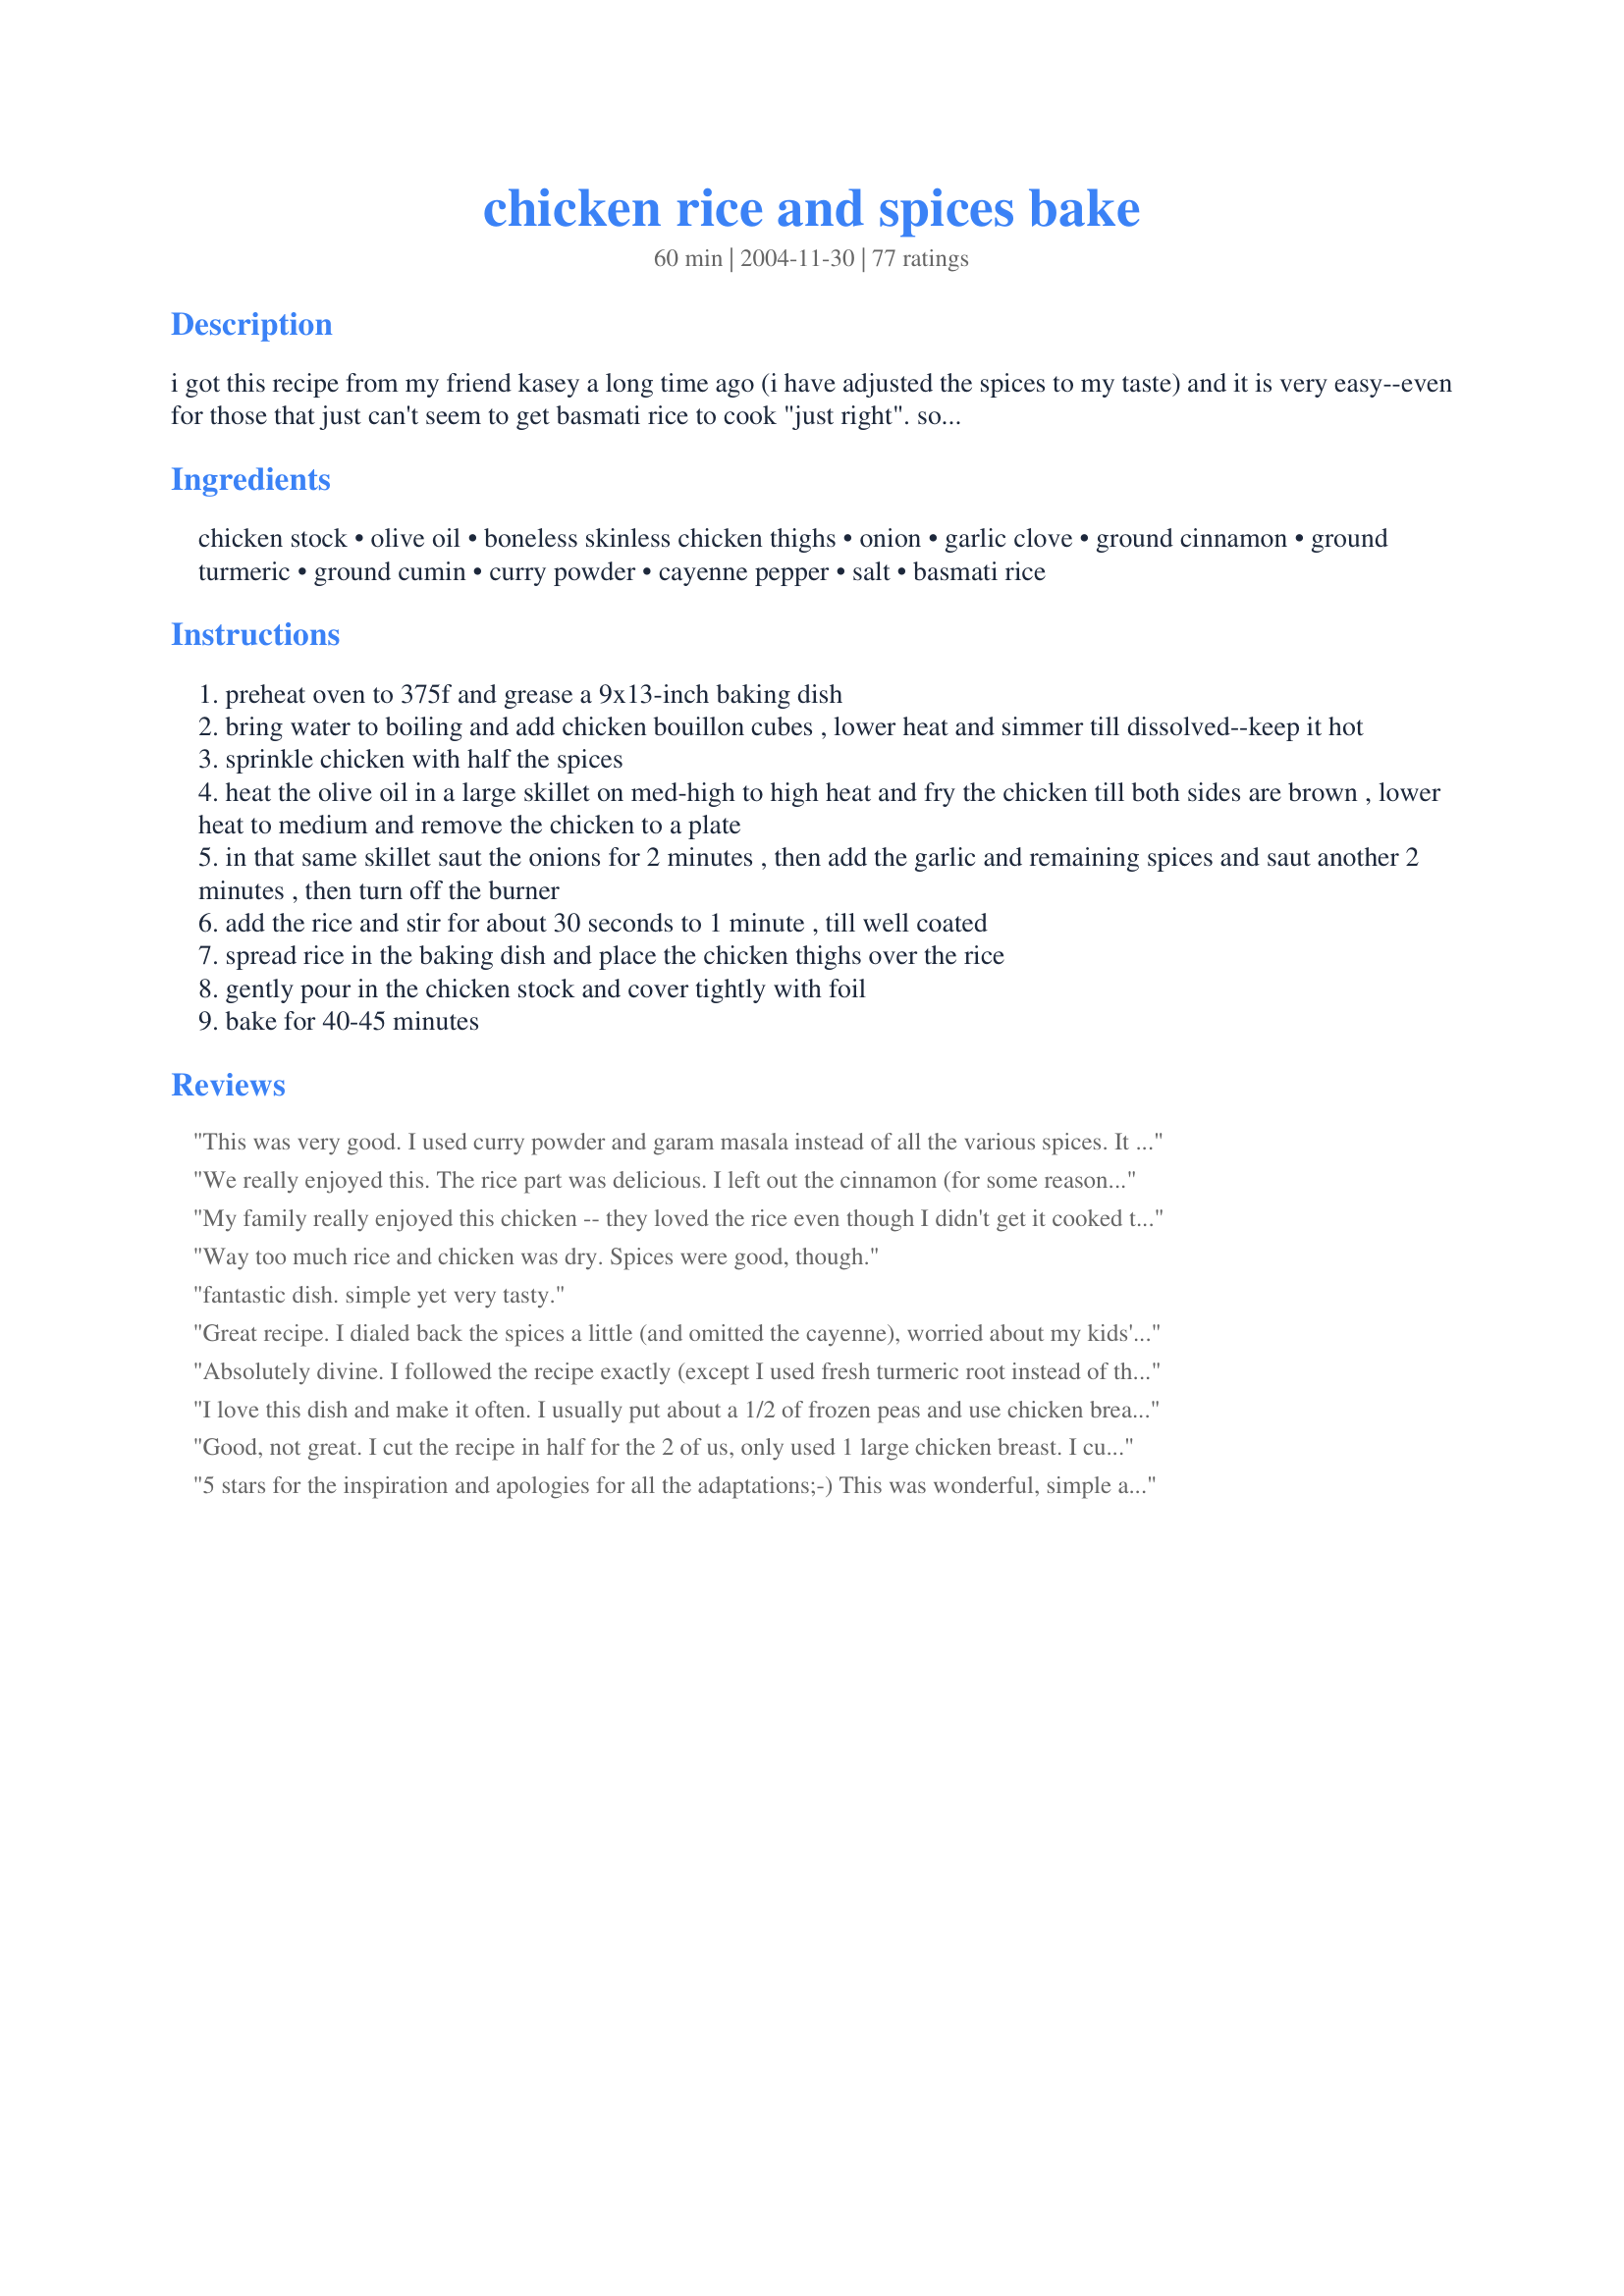
chicken rice and spices bake
Preparation time: 60 minutes

i got this recipe from my friend kasey a long time ago (i have adjusted the spices to my taste) and it is very easy--even for those that just can't seem to get basmati rice to cook "just right". so long as you cover the baking dish tightly with foil, it will not fail! i brought this to a pot-luck at work one day and ever since this dish was always requested by everyone at all of our potlucks.***i am cutting the salt to around half since there are quite a few reviews saying it is too salty. i don't measure the spices when i cook so i think i guessed the amount wrong.***
*** the cinnamon amount should be 1/2 tsp to 3/4 tsp only, not 2 teaspoons. i have tried changing it twice now and get email confirmation that the changes have been approved but it still says 2 tsp of cinnamon.

Ingredients:
chicken stock, olive oil, boneless skinless chicken thighs, onion, garlic clove, ground cinnamon, ground turmeric, ground cumin, curry powder, cayenne pepper, salt, basmati rice

Steps:
preheat oven to 375f and grease a 9x13-inch baking dish
bring water to boiling and add chicken bouillon cubes , lower heat and simmer till dissolved--keep it hot
sprinkle chicken with half the spices
heat the olive oil in a large skillet on med-high to high heat and fry the chicken till both sides are brown , lower heat to medium and remove the chicken to a plate
in that same skillet saut the onions for 2 minutes , then add the garlic and remaining spices and saut another 2 minutes , then turn off the burner
add the rice and stir for about 30 seconds to 1 minute , till well coated
spread rice in the baking dish and place the chicken thighs over the rice
gently pour in the chicken stock and cover tightly with foil
bake for 40-45 minutes

Reviews:
This was very good. I used curry powder and garam masala instead of all the various spices. It made things faster and the result was fantastic. I didn&#039;t measure so I&#039;m not sure how much I used but I did it according to what I thought I would like.
We really enjoyed this. The rice part was delicious.

I left out the cinnamon (for some reason I don't like cinnamon in main dishes) and I used a cumin/coriander mix instead of just plain cumin.

I also just cooked everything in my 5 1/2 qt La Crueset pot on the stove top. It turned out just fine that way.

Both my kids loved it as well. I will be making this often. Thanks.
My family really enjoyed this chicken -- they loved the rice even though I didn't get it cooked thru all the way. I didn't follow the instructions completely. I was out of cumin and turmeric, so I just omitted those. And I didn't add any salt due to other reviewers comments. I used bone-in legs/thighs. I used long grain brown rice. Other than that, I followed the instructions. The rice wasn't even close to getting done after 40 min, so I took the lovely moist chicken out and put the rice back in (yes, covered) again. After another 20 minutes, the rice still wasn't done, but it was close enough. The kids were starving at this point and ate it up. I may try this again if I can figure out what my rice problem was...maybe brown long grain rice takes longer to cook. Also, my prep work took longer than 15 minutes. I consider prep work all the stuff leading up to popping it in the oven and mine took closer to half an hour -- I was slow and disorganized today though...I guess half that time was spend digging thru my cabinets searching for my cumin & turmeric!
Way too much rice and chicken was dry. Spices were good, though.
fantastic dish. simple yet very tasty.
Great recipe. I dialed back the spices a little (and omitted the cayenne), worried about my kids' sensitive palates, but next time I'm going to cook it as written.
Absolutely divine. I followed the recipe exactly (except I used fresh turmeric root instead of the bottled stuff). My oven was on exactly 375 (two thermometers checked). And I wrapped my dish tightly in heavy duty aluminum foil. In 45 minutes I took it out and oh my! My kids (picky 11 and 12 year olds) loved it too! The rice was cooked perfectly and was so tender. There was no crusting on the sides/corners. And there was no excess liquid in the dish. It was perfect. This is super easy and so good I would serve it to guests for dinner. Thank you so much for sharing this recipe. It's definitely a keeper!
I love this dish and make it often.
I usually put about a 1/2 of frozen peas and use chicken breast instead of thighs since I don't care for dark meat. Although the breast meat does turn out a bit dry I don't mind.
Good, not great. I cut the recipe in half for the 2 of us, only used 1 large chicken breast. I cut the chicken in half before putting it on the rice, but no need to brown it beforehand. It cooks evenly with the rice. Oh, I left out the cinnamon, but we still weren&#039;t big fans of the flavors here.
5 stars for the inspiration and apologies for all the adaptations;-)
This was wonderful, simple and tasty and definately on my make again soon list. 
I made a half recipe (chicken, rice, salt and stock powder) but left the spices as the original recipe stated. A half recipe made 2 huge serves for 2 huge eaters!
I didn't want whole pieces of chicken, so I cut it up, also diced the onion. I threw in some ginger, and as we are not too fussed on cinnamon, reduced that and added some corinder to make up the difference. I used red chilli powder and the heat was just right for us. I also threw in some peas and slivered almonds.
I'm submitting a photo, but feel free to replace it if you wish :-)
This was very very good. I doubled the spice (except for the cinnamon, just used the stated amount over the chicken before browning). Baked for 45 minutes (did make sure foil tightly covered the baking dish) and it exceptional. Served with chutney (though could have probably put some raisins or cranberries in when baking ) since the sweetness really went well with this.
Very good recipe. I did not have all of the listed spices on hand, so here&#039;s what I used instead: black pepper, salt, chili powder, garlic powder, oregano, and cinnamon. I also used half a cup *less* of the chicken stock, since I thought 4 cups was too much. I baked the chicken and rice as directed, with the pan tightly wrapped with foil. The dish baked perfectly. The chicken was tender and the rice (long grain) was perfect. The only change I&#039;d make for next time is to leave out the cinnamon, which was an added flavor that didn&#039;t quite mix well with the rice. I served this dish with a honey-mustard dipping sauce on the side for the chicken, and also with sliced avocado. This recipe is a keeper. Thank you for posting!
outstanding! we loved this! this is going into my month rotation...shoot, maybe even weekly! i doubled the curry amount, added carrots, celery, tons of garlic, serrano peppers, used chicken breasts that i diced up, used chinese 5 spice instead of cinnamon (and only used 1/4 t since we only like heat!). since i live at super altitude, i used 2 cups instant rice and 2 cups broth (had i used long grain or basmati it would have taken 2 hours!!). anyway, it was loved by everyone tonight and requested to be made often! thanks so much!!!
This was awesome for me as a starting point, but I messed it up a little. I used half brown rice and half white and then realized (duh) the white rice was soggy by the time the brown rice was cooked. I also would take out the turmeric because I am not a fan of it. But after adjusting the spices and adding some veggies, this is a great dish! I added a diced red pepper with the onions and some frozen peas right before popping it into the oven. Next time I'll add even more veggies. When I reheated some I put some raw spinach on top and popped it in the microwave, it went well too.

This made more like 6 servings for my hubby and I.
DELICIOUS!! WOW!! This was soo flavorful and easy to make. I followed the receipe exactly but I also halved the cinnamon and added about 1 cup of mixed veggies (thawed out)before putting it in the oven. Mix the seasonings seperately (works better).It took exactly 45 mins and it was done! I will def. make this again and next time add golden raisins and pine nuts. Wonderful!! A++
Big hit with my husband to the point he said &quot;SAVE IT&quot;
Delicious, full of flavour, definitely will be making more of it now
I made this dish again last night and it turned out even better than the first time! I used both chicken breasts and thighs - they both turned out great. I used almost double the spices (about 1tsp of everything for the chicken plus the same for the rice). The curry powder I used is Nirmal Spicy Curry Powder.
MMMM! I made this last night for dinner and really enjoyed it. My onions went bad though so I just warmed the pan a bit and cut up the garlic and threw in the remaining spices. (Didnt know the onion was bad until I was already half way through the recipe) The rice did come out perfect and I will make this again. Thanks so much! (Rerating to 5 stars instead of 4)
Doubled the spices and wouldn't go longer than 40 minutes next time. 45 was too long. Delicious.
Great recipe! Pretty quick to fix too! I used 4 boneless/skinless breasts and it turned out fine. My wife was a little concerned when she walked into the kitchen smelling cinnamon and seeing only chicken being prepared. She was surprised how good it tasted. I made it with only 1/2 teaspoon of salt based on other reviews. Next time, I will use the recommended amount of salt... I am pretty sure that would have made it better.
Delicious! I was looking for something I could do in one dish and quickly, and this was perfect! I ran out of chicken bouillon so had to do 2 cups water and 2 cups broth, but it still turned out quite flavorful. The rice is especially delicious!! I did have to do it 50 minutes as there was still a lot of water in the pan at 40 minutes. Will likely double the spices next time just to get more of a kick!
Delicious! ! added about 25% more spices, 1.5 tsp of ground coriander and 1/4 tsp allspice and no extra salt - plenty in the bouillon. Used a covered 10&quot; cast iron chicken fryer (about 3.5&quot; deep). Used 2 really large chicken breasts (about 1.5 pounds) so added 1 T butter to oil. Basmati (aka Jasmine) rice is light weight and cooks quickly. Brown rice of any kind will take more water and at least twice as long as regular white rice so it needs to cook even longer compared to Basmati. For brown rice, I would par boil it. Cooking in the cast iron pan allowed me to keep this on the stove top for an extra 5 minutes. Just before serving, I added one cup of frozen peas (to match the photo and add a bit of sweetness) and cooked for another 5 minutes in the oven. Served with mashed butternut squash and a dab of mango chutney. Very tasty and satisfying for 4 people.
Loved it! Easy to make and a lot of flavor.
This is such an easy and delicious dish! The second time I made it I added an extra cup of rice and two extra cups of chicken stock, plus one cup of cooked peas because the first time I found there was alot of chicken but not an equal quantity of rice(which my husband loved!) This will be a regular at my house! Thanks for the great recipe!
This dish was so tasty and simple! As I often do, I chose not to wait until I had exactly the right stuff because I wanted to make it RIGHT NOW. So I used the curry powder and substituted garam masala for the rest which made for a delicious Indian flavor! The cooking directions and times worked perfectly for me and my whole family loved it.
Very good! I had 7 Leg quarters which I used up....they were all very moist and tender. Increased all the spices by 1/2 teaspoon and used garlic powder in the spice mix rather than fresh garlic.
Really good flavourful rice but I did use a few different spices as I haven't found a curry powder I like. I do think the baking makes the rice taste better too. The chicken is good as well. I have used brown and white meat on the bone before but the white meat gets too dry. Another time I did use boneless skinless chicken thighs (only ever seen in an Afghan shop) like the recipe calls for. I think if I were to make this again I would try just chicken thighs with bone in. I did use white basmati rice and I definitely recommend it. As other reviewers said it would be good with additional peas thrown in or some other vegetables. I have made it with partially cooked organic carrot slices frozen peas. I use own home-made chicken stock, 3 garlic cloves, cinnamon but in a lesser quantity, as well as less turmeric (I think it's just for colour) In replacement of the curry powder I used a bit of my own Recipe #79179 and mostly Recipe #369025 which gives rice such a delicious flavour. I do not add the optional cayenne or chilli powder and add salt, to taste. I serve this with a fresh salad and Recipe #359835 or yogurt for a good meal. I may make this again adding vegetables.
This is a new classic in our family!

I like to add up to a couple cups of mixed chopped veggies like green beans, carrots, broccoli or green peas
This is easy and delicious. Definitely a keeper.
Wonderful! I halved the recipe (but not the spices) - upped the garlic to 3 cloves and reduced the cinnamon to 1/2 teaspoon. It was really very tasty - I will definately make again. Thanks!
way too much liquid.. I baked it according to the instructions and ended up removing the tin foil, increasing the heat and left it in for another 30 minutes
This is very spicy. I like all the spices used in the recipe and thought I would really like the finished product but I don't think I will make it again. It is easy to make.
I'm not much of a cook but I love rice and chicken dishes so I had to try this. It's amazing. I added 1/2 a teaspoon extra of all the spices (except for salt and cinnamon which I used the stated minimal and I cut the cayenne pepper by half. Next time I might not cut it at all though) It tasted amazing. I don't know if it was the cut cayenne but it sort of tasted like it was missing something in the end, which was made up for mostly with just regular black pepper on the finished dish. Also the chicken turned out a little dry so keep a closer eye and make sure it only hits the 40 minute mark tops. Overall this was absolutely delicious and I'm going to make this many more times to come. And the fact that it's so easy that even I can make it probably by memory already is the best part. Thanks for this!
Pretty good! My family agrees that it is a do-over (what they tell me when they want me to make a recipe again!)

I think I will try to tweak it a little next time around, but it is a good starting point. Thanks for this yummy recipe!
This recipe was wonderful. I was looking for a different way to have chicken and this was a great find. I added nuts and golden raisins to the recipe. I loved them added but my family did not :(. I will make this again and again! Thanks for posting it!
I have made this recipe SEVERAL times using boneless and bone-in chicken. Some times it is dry, sometimes a little liquidy (is that a word?) and the rice only gets done right about half the time. It is my FAVORITE chicken &amp; rice dish ever, as the flavors are amazing. I recently got an Instant Pot so I tried it in there today. Nothing short of amazing with only 24 minutes of cook time and everything in one pot. I don't want to share the procedure (the recipe is the same) without approval. I am not a paid spokesperson or anything. I won't post it without Ameera's approval.
This was good. My DH didn't like it. Thanks for sharing.
Good recipe. Doubling the spices and cooking this dish in an old fashioned cast iron skillet with a lid produced an excellent result.
Question: has anyone tried to make this with quinoa and does it work the same as rice?
I love this recipe, it is simple to prepare and cook, but tastes amazing. My very critical husband even rated it 11 out of 10, but then added '3rd time lucky' because I had tried other versions before that were very good, but not up to this standard. I am thinking of cooking this for friends so I don't have to spend all my time in the kitchen. I know they will be impressed. Thank you.
What &quot;chicken bouillon cubes&quot; and what water? Is that the &quot;4 cups chicken stock&quot; listed in the ingredients?
This was really good. I didn't have boneless thighs so I used bone-in chiken legs and thighs. Since I was using meat with the bone in, I cooked it for an hour. It turned out great! My whole family enjoyed it.
Very good! Next time, I think I'll leave out the cinnamon completely. I wasn't crazy about that added flavor, but it wasn't bad. I cubed the chicken and put it into the rice mixture raw, since I do that with other chicken and rice bakes. The chicken was perfectly cooked at the end of 40 minutes. In fact, I'll probably cook it for less time next time I make it, as it was pretty dry. <br/><br/>I loved the smell of the dish while it was cooking! Less cinnamon and more curry would be my ideal dish! Thanks for posting!
This one is a goodie! Cheap and easy to make. Spice mix is just perfect for us. I did cut back on the chicken to 4 thighs but kept everything else the same. An easy meal to fill out with a cup of peas or other veggies as suggested by Jan.
I&#039;ve been using this recipe for a long time now. It&#039;s really yummy!
I've made this a few times already! The basmati came out perfect. Easy recipe to fix. Love the mixture of herbs and seasonings. Nice color and flavor. One of our favorite spices is curry. Curry makes the house smell good too :). Thank you for posting!
This is excellent, but makes a lot - more like 6-8 servings in my opinion. Next time I will half the recipe. I made the recipe as directed, except I used regular boned/skin chicken thighs (I baked extra 10 minutes), and also added some frozen corn &amp; peas to the rice just before adding broth. The spices were excellent and the rice was creamy and flavorful. I didn&#039;t have a problem at all with the rice being dry, but did used a good/tight foil tent and convection oven.
This was delicious! My husband and I really enjoyed it. Kids ate the chicken but not the rice. I mostly followed the recipe as noted but doubled the spices and garlic. I also added some cubed sugar pumpkin. It took a bit longer to cook. I will totally make this again. I think it would be excellent with currants and almonds. Thanks for sharing.
I thought this was very good, but I think next time I will cut the cinnamon in half and add some veggies (peas and carrots).
This was great~~I too was surprised that I liked the cinnamon in it. I love cinnamon, but usually in desserts! I will be making this again!
I made it pretty much as written minus the peas because I didn't have any on hand. I'm a guesstimater on spices and it still came out great. I used Minute Rice and it was done in about 20 minutes after frying the chicken in the onion and spices. Great dinner to throw together at the last minute! Thanks for posting!
Easy and very good. Next time, I think I will add some slivered almonds to the rice.
The rice did not cook...I had to take the chicken out and microwave the rice for 15 minutes but the rice still never got soft enough for me. My husband liked the spices but were a bit strong for me. Might try again with regular rice and no curry.
Just made this. Pretty easy and delicious! I didn&#039;t see peas/veggies in the recipe, but I did in the pictures. I&#039;ll have to try it with them next time!
Very good! I used different chicken parts and boxed stock, but it all turned out nicely. Definitely a do-over even though I totally forgot to add the salt. Oops. It turned out beautifully too. Even my hubby could do it! :)
The mobile app says 6 cups of rice (2 of each type)... not JUST two cups (choosing your own type).
I'm a little confused about this ingredient list -- I had printed this out over a year ago and finally tried it last night, but the ingredients I have printed out are different than what is reflected here. The directions still reflect the old list of ingredients and not what's listed, so I will comment on the version I had printed.

Instead of chicken stock and salt, the recipe I had called for 4 cups of boiling water and 4 bullion cubes. I did not use salt at all (the bullion cubes satisfy the salt). For anyone who likes their dish slightly more salty, use an extra bullion cube.

DH loves the sweet taste of Indian cuisine, so I made this - we LOVED it. Instead of thighs, I used boneless skinless chicken breasts. I also did not measure the seasonings for the chicken - I simply took the spices one at a time and lightly coated them before cooking. When adding spices to the onion/garlic, I used about 7/8 tsp. each of the turmeric, cumin, and cayenne. Of the curry, I added about 1 tsp., because I love it.

Excellent dish and quick to make - I have added this to my regular dinner rotation.
Really great recipe which can be adapted to all different flavours such as Spanish or Mexican seasoning. I did find it took longer to took then stated but that may be my dodgy oven. Used quick cook basmati rice but next time will use quick cook long grain with Spanish spices and chorizo. The chicken juices are absorbed by the rice which makes it extra tasty
I really loved this recipe. So easy and I ate it all week long. I pulled the skin off of half of my chicken to see which way I liked it better, and it really was just as good skinless which is unusual. The chicken was really juicy and the rice has great flavor. I did leave out the cayenne pepper and went a little heavy on the spices. I also used homemade vegetable stock and tossed in some frozen cubed squash with the peas...delicious!
Yummy! This one is good and easy to make. I made this with my mom according to instruction and add more chicken &amp; Masala to make taste delicious and yummy. I also made this recipe before itself from recipe network ( https://www.sooperchef.pk/pakistani-recipes/ ).Thankyou!
My hubby doesn't like cinnamon very much so I was hesitant, but I like to stick directly to the recipe the first time before adding my changes. So glad I did! We both liked it and I could eat the rice by the bucket-full! I made this a ONE POT MEAL by using cookware that can go from the stovetop to the oven. I did err in using chicken tenders, which came out a bit dry, but will use breasts or thighs in the future. Would also like to try with brown rice, but this will definitely be a repeater. Thanks!
I thought this recipe was quite delicious but would alter it slightly next time by making the following changes. I'd add an extra clove or two of garlic, I'd add some fresh ginger and I would replace some of the stock with coconut milk. Plus I would add some sliced peppers or other veggies and a bit of extra salt. But this dish is very easy and was quite yummy. I added cayenne but t is spicier than I thought it would be so if you don't like too much heat, I would omit.
This was really good. The flavor was wonderful and I added chili powder for some heat. My boyfriend loves it. I did take the advice of some others and reduced the cinnamon by half. I sauteed with a little ghee in addition to the oil and also added peas to the pan before the rice. After 45 minutes in the oven, there was still A LOT of broth in the pan so I left it in for another 15 minutes. This made for a mushier rice than I like. I like my grains to be more separated. I might reduce the broth to 3.5 cups and bake for 45 minutes next time. Thanks, Ameera.
Oh, yeah! I re-arranged this a bit when I wrote it for my recipe box. First, I greased the casserole (luckily, I decided to use a large one), set the oven, then made the spice mixture. I used small chicken tenders because that is all I had, but imagine the thighs would be more flavorful. I also have a recipe for stirfried spicy shrimp which I think will work just perfect for this recipe. 

Then, I used a whole onion, cut into half rings, a big clove of garlic, and some frozen peas (defrosted).

This was extremely yummy.
Loved the taste!All the spices blended well.I cut cinnamon in half and I boiled some potatoes(out of rice)Peeled and cut in chunks and used as the rice was used in recipe.They were great!I browned the meat with the potatoes in the broiler at about 35 min of regular cooking.Will make again!
This dish came out perfectly and completely impressed my husband. The spices were just right and the rice was infused with so much flavour. Thank you for sharing this!!
Wonderful recipe. Next time I will add salt to the rice, and add in some veggies like peas or broccoli.
This was very good, and smelled wonderful. A slight spicy kick.

I give it only 4 stars and not 5 though because of two things: One, I thought that the next-day leftovers were a little on the salty side. Might have been because the bouilon cubes already have so much salt. Two, I thought the chicken wasn't as juicy as I would have liked. Maybe it cooked too much in the browning stage. So even though I only baked it for 30 minutes - and the rice was done - the chicken was dry.

Next time I'll use about half of the cinnamon, more curry powder, and omit the extra salt. I might try using different cuts of chicken as well.

Overall very good and a great biryani inspired recipe!
I need to up the amount of curry, etc next time. Not quite as flavorful as I had hoped, esp. with all the great reviews, but still really good and easy. I will be making again and experimenting with the levels of the spices. Do give it a try!
This recipe was really really good. The rice came out really flavourful. In fact, we liked how the rice came out so much that we will be making just rice using the recipe. We also added 1/4 cup of dijon mustard and 1/4 yogurt in our other trials which made it more flavourful
Excellent recipe. The rice is particularly good. Very easy to make as well.
This was really good! I have never used cinnamon on chicken, but wow! I just used one can of stock, and one can of water, rather than boiling stock from the cubes. I loved the way the rice came out yellow. I think this recipe could go so many ways by adding different veggies.
We loved this! Really easy and the leftovers were even better.
 I can't handle MSG so I used my own chicken stock instead of the bouillon and water. Cut down the salt to 1 tsp just to be safe as a previous reviewer stated it was too salty. Also had to replace the chicken thighs with the frozen white meat "tenderloin" portions 'cause that's what I had. I didn't pre-cook the chicken, as a reviewer said it was dry, but did wash it really well and seared it's surface briefly. The chicken was nice and moist when the dish was done.
 I'm putting this one in my printed out recipes, good job America!
I followed the recipe to the letter. cooked for 1 hour. very tasty! a break from the usual rice and chicken bakes.
This is a really nice Indian flavored dish. We all enjoyed it and I will definitely be making it again. I made changes for three reasons, the order to cook in was easier, I didn't want as much heat, and sodium and calorie levels (vegetables bulk up the rice). Other than that... What changes I made - first off I cooked the rice mixture first; I used 1 of the tablespoons of oil when I sauted the onions (I didn't use any with the chicken). I cut the salt and cayenne in half and that was the right amount of heat for us (no one added extra salt to it at the table) as well as adding a few peas and mushrooms. Putting that in the bottom of the 9x13" pan I then browned the chicken with the bone in and could just lay it on top of the rice. I also used chicken broth instead of bouillon cubes which helps with the sodium levels. Really a good dish, for us it made 8 servings (285 cal), with a salad it was an excellent meal. I'm going to try it with brown rice and see how that goes.
This is very delicious. The rice didn&#039;t cook completely and I&#039;m assuming it&#039;s because I used brown rice. So I adjusted the directions by removing the bone in chicken thighs after 45 minutes while still moist and poured the remaining broth and rice mixture into a pot on the stove top covered it and simmered it for a few minutes until soft. Very good recipe, family loved it and lots of leftovers.
Cooked in the Pampered Chef Rockcrok. Served with saut&eacute;ed mushrooms and grape tomatoes. Fantastic!!!
